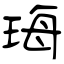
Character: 珻